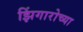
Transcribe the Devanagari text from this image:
झिंगारोच्या